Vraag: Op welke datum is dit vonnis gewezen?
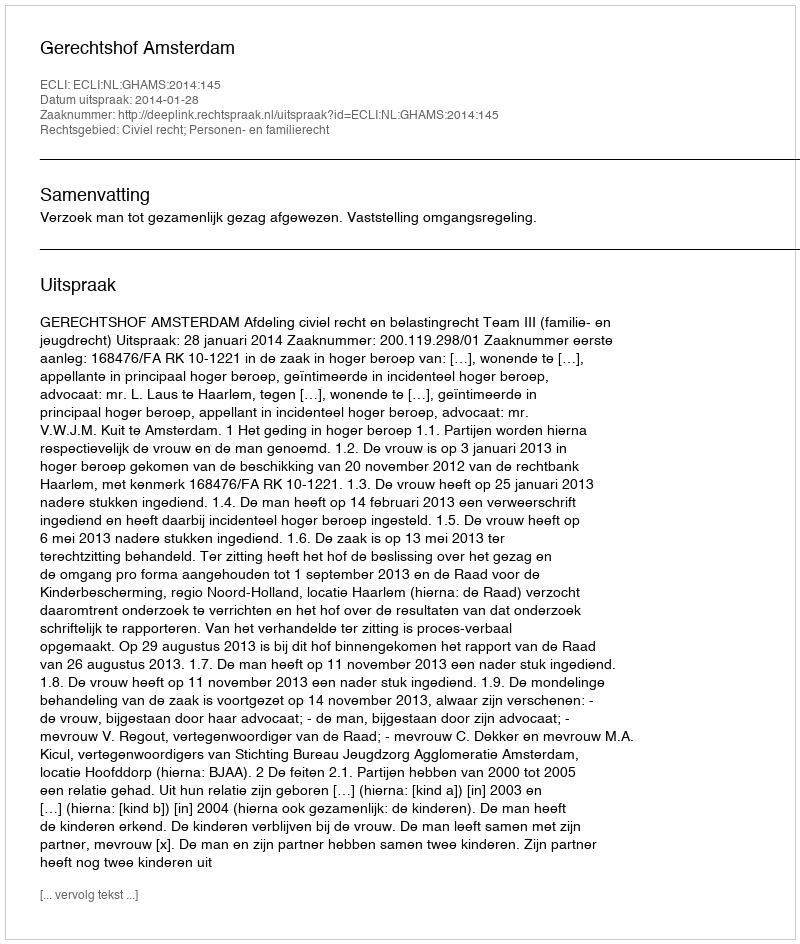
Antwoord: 2014-01-28